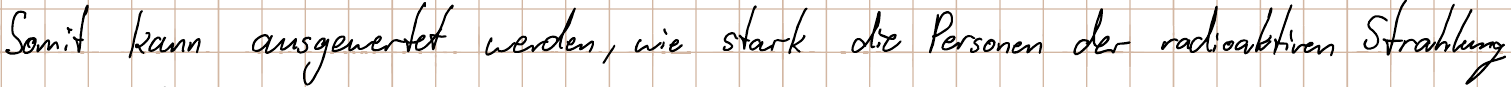
Somit kann ausgewertet werden, wie stark die Personen der radioaktiven Strahlung